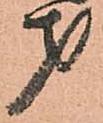
才